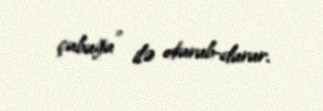
çubuğu” ilə oturub-durur.